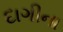
દાગીના